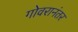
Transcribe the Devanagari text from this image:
गोवरानंतर